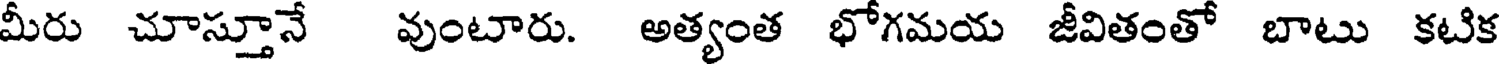
మీరు చూస్తూనే వుంటారు. అత్యంత భోగమయ జీవితంతో బాటు కటిక